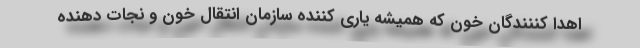
اهدا کننندگان خون که همیشه یاری کننده سازمان انتقال خون و نجات دهنده